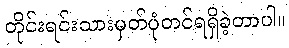
တိုင်းရင်းသားမှတ်ပုံတင်ရရှိခဲ့တာပါ။